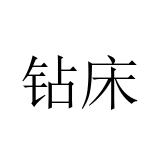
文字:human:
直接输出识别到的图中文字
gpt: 钻床